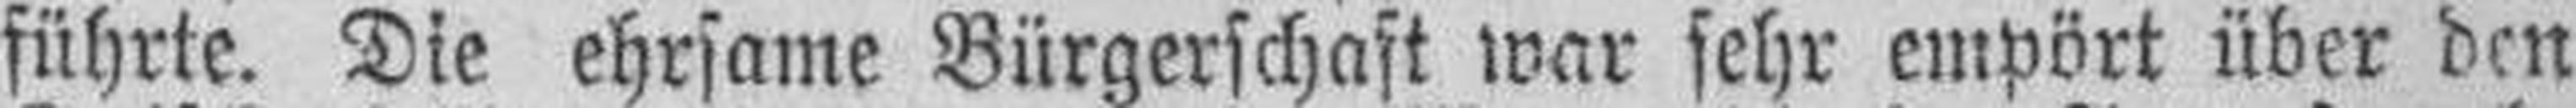
führte. Die ehrsame Bürgerschaft war sehr empört über den